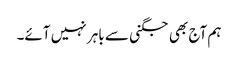
ہم آج بھی جگنی سے باہر نہیں آئے۔